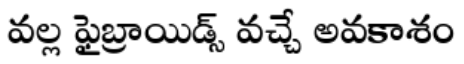
వల్ల ఫైబ్రాయిడ్స్ వచ్చే అవకాశం